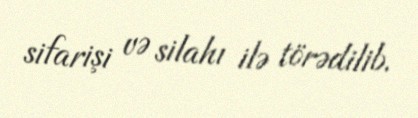
sifarişi və silahı ilə törədilib.